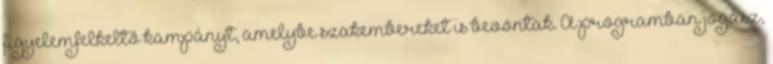
figyelemfelkeltő kampányt, amelybe szakembereket is bevontak. A programban jogász,